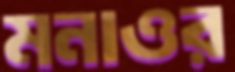
মনাওর